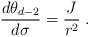
\begin{align*}\frac{d\theta_{d-2}}{d\sigma}=\frac{J}{r^2}\;.\end{align*}